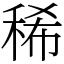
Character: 稀